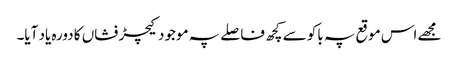
مجھے اس موقع پہ باکو سے کچھ فاصلے پہ موجود کیچڑ فشاں کا دورہ یاد آیا۔